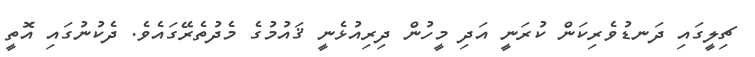
ޗިލީގައި ދަނޑުވެރިކަން ކުރަނީ އަދި މީހުން ދިރިއުޅެނީ ޤައުމުގެ މެދުތެރޭގައެވެ. ދެކުނުގައި އޮތީ